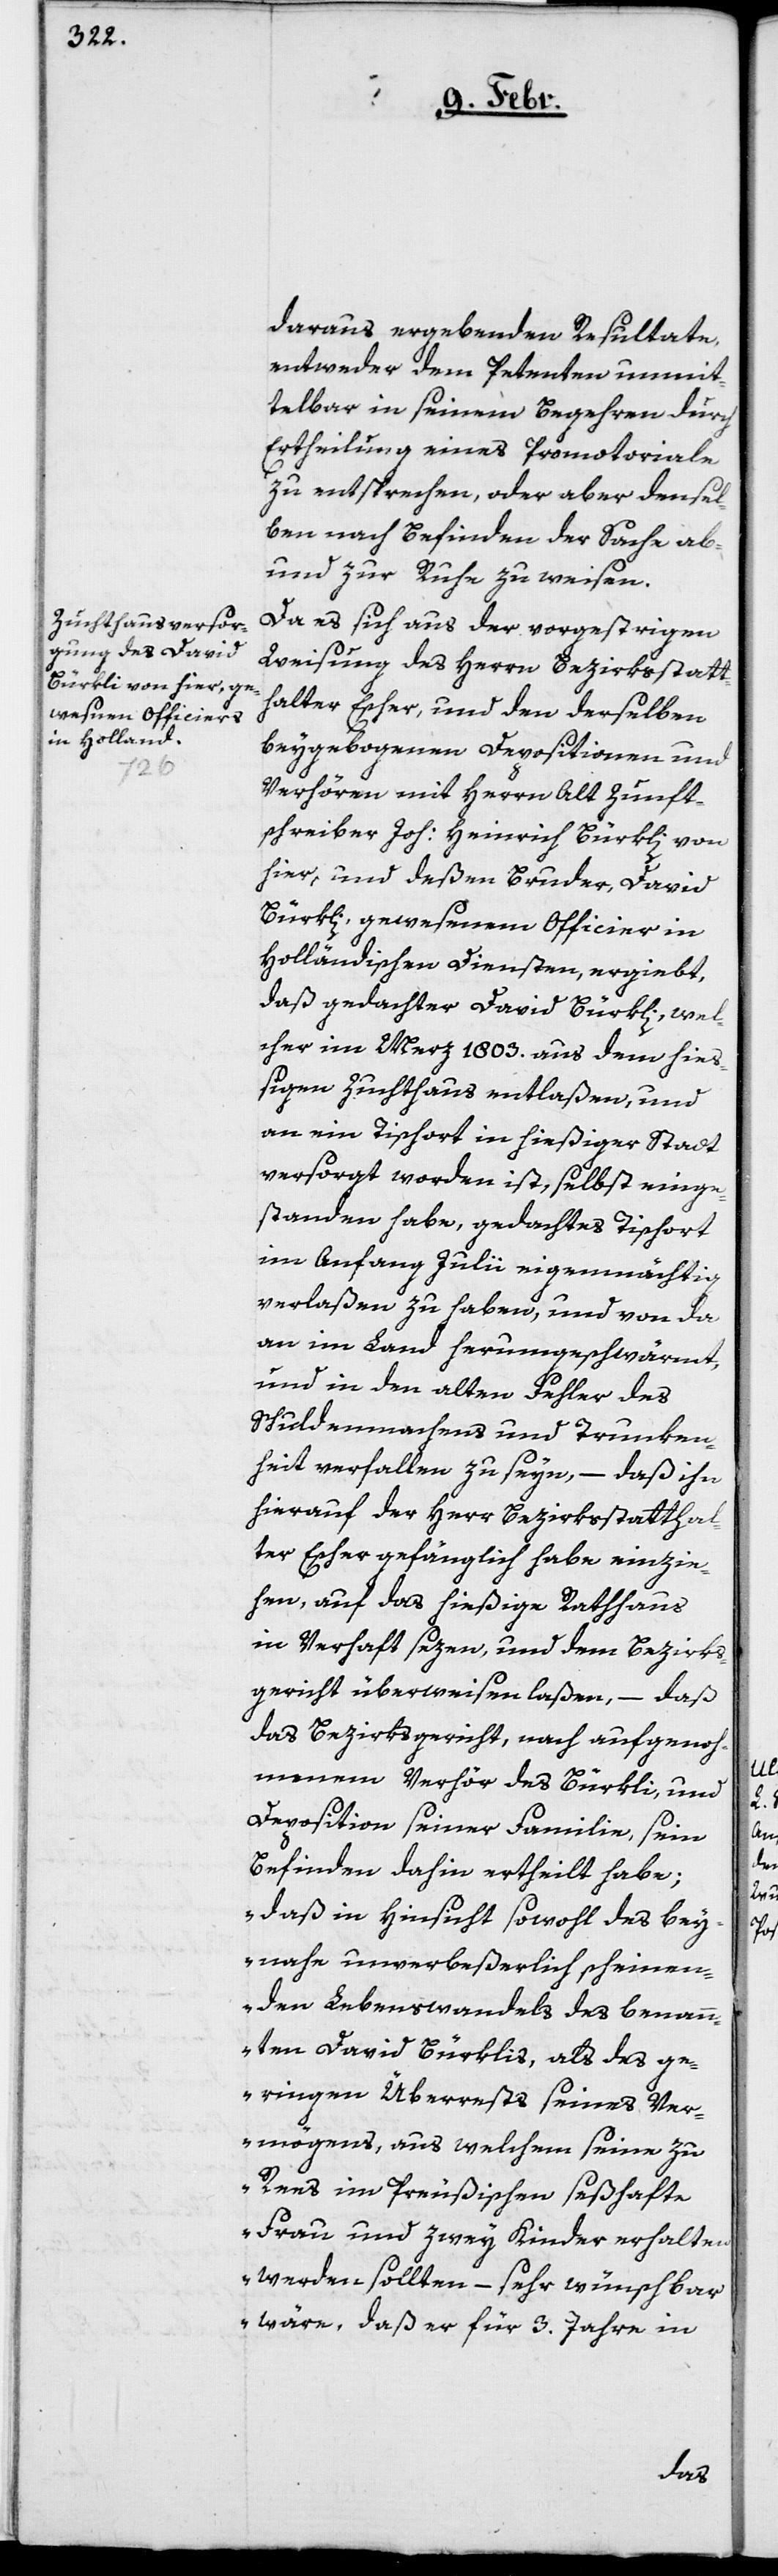
daraus ergebenden Resultate,
entweder dem Petenten unmit¬
telbar in seinem Begehren durch
Ertheilung eines Promotoriale
zu entsprechen, oder aber densel¬
ben nach Befinden der Sache ab-
und zur Ruhe zu weisen.
Da es sich aus der vorgestrigen
Weisung des Herrn Bezirksstatt¬
halter Escher, und den derselben
beygebogenen Depositionen und
Verhören mit Herrn Alt Zunft¬
schreiber Joh: Heinrich Bürkli von
hier, und deßen Bruder, David
Bürkli, gewesenem Officier in
Holländischen Diensten, ergiebt,
daß gedachter David Bürkli, wel¬
cher im Merz 1803. aus dem hie¬
sigen Zuchthaus entlaßen, und
an ein Tischort in hießiger Stadt
versorgt worden ist, selbst einge¬
standen habe, gedachtes Tischort
im Anfang Julii eigenmächtig
verlaßen zu haben, und von da
an im Land herumgeschwärmt,
und in den alten Fehler des
Schuldenmachens und Trunken¬
heit verfallen zu seyn, – daß ihn
hierauf der Herr Bezirksstatthal¬
ter Escher gefänglich habe einzie¬
hen, auf das hießige Rathaus
in Verhaft sezen, und dem Bezirks¬
gericht überweisen laßen, – daß
das Bezirksgericht, nach aufgenoh¬
menem Verhör des Bürkli, und
Deposition seiner Familie, sein
Befinden dahin ertheilt habe,
„daß in Hinsicht sowohl des bey¬
nahe unverbeßerlich scheinen¬
den Lebenswandels des benan¬
nten David Bürklis, als des ge¬
ringen Überrests seines Ver¬
mögens, aus welchem seine zu
Rees im Preußischen seßhafte
Frau und zwei Kinder erhalten
werden sollten, – sehr wünschbar
wäre, daß er für 3. Jahre in